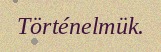
Történelmük.